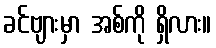
ခင်ဗျားမှာ အစ်ကို ရှိလား။